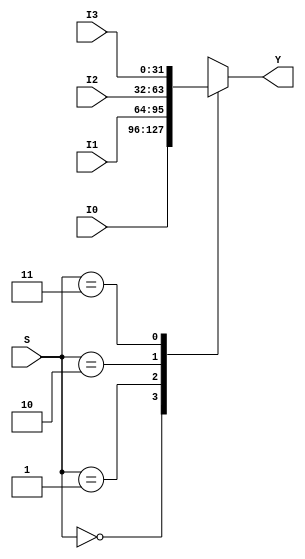
module mux4x1_32bit (output reg[31:0] Y, input[1:0]S, input[31:0] I0,I1,I2,I3);
	always @(S,I0,I1,I2,I3) begin
		case(S)
			2'b00: Y=I0;
			2'b01: Y=I1;
			2'b10: Y=I2;
			2'b11: Y=I3;
		endcase
	end
endmodule